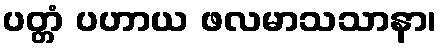
ပတ္တံ ပဟာယ ဖလမာသသာနာ၊